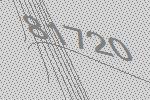
81720